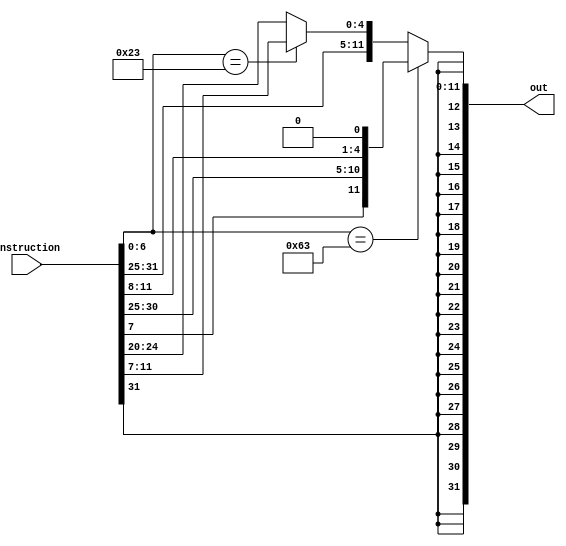
module ImmGen
(
    input  [31:0]       instruction,
    output [31:0]       out
);

wire   [12:0]       imm;

wire                SType;
wire                BType;

assign SType = (instruction[6:0] == 7'b0100011);
assign BType = (instruction[6:0] == 7'b1100011);
//     RType : otherwise

assign imm = (BType) ? {instruction[31], instruction[7], instruction[30:25], instruction[11:8], 1'b0} :
             (SType) ? {instruction[31], instruction[31:25], instruction[11:7]} :
                       {instruction[31], instruction[31:20]};

assign out = {{19{imm[12]}}, imm};

endmodule